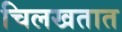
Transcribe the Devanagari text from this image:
चिलखतात